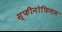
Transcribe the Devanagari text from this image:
स्फीनोफिलम